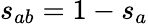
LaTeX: s_{ab}=1-s_{a}